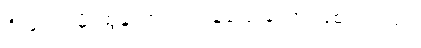
ဦးကျော်မိုးထွန်းက တုံ့ပြန်ပြောခဲ့တာ ဖြစ်ပါတယ်။